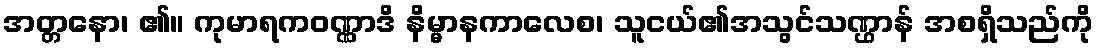
အတ္တနော၊ ၏။ ကုမာရကဝဏ္ဏာဒိ နိမ္မာနကာလေစ၊ သူငယ်၏အသွင်သဏ္ဌာန် အစရှိသည်ကို